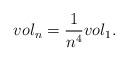
LaTeX: \begin{align*}vol_n=\frac{1}{n^4} vol_1.\end{align*}